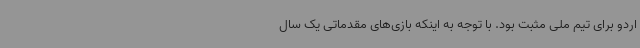
اردو برای تیم ملی مثبت بود. با توجه به اینکه بازی‌های مقدماتی یک سال